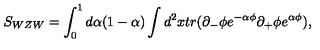
S _ { W Z W } = \int _ { 0 } ^ { 1 } d \alpha ( 1 - \alpha ) \int d ^ { 2 } x t r ( \partial _ { - } \phi e ^ { - \alpha \phi } \partial _ { + } \phi e ^ { \alpha \phi } ) ,